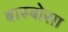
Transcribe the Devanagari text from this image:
बास्बोसा